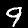
Digit: 9